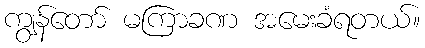
ကျွန်တော် မကြာခဏ အမေးခံရတယ်။